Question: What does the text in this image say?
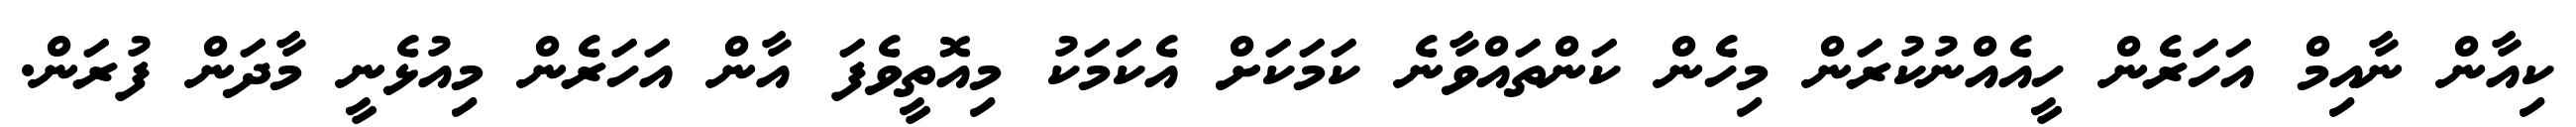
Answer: ކިއާން ނާއިމް އަހަރެން ހީއެއްނުކުރަން މިހެން ކަންތައްވާނެ ކަމަކަށް އެކަމަކު މިއޮތީވެފަ އާން އަހަރެން މިއުޅެނީ މާދަން ފުރަން.